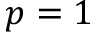
p = 1